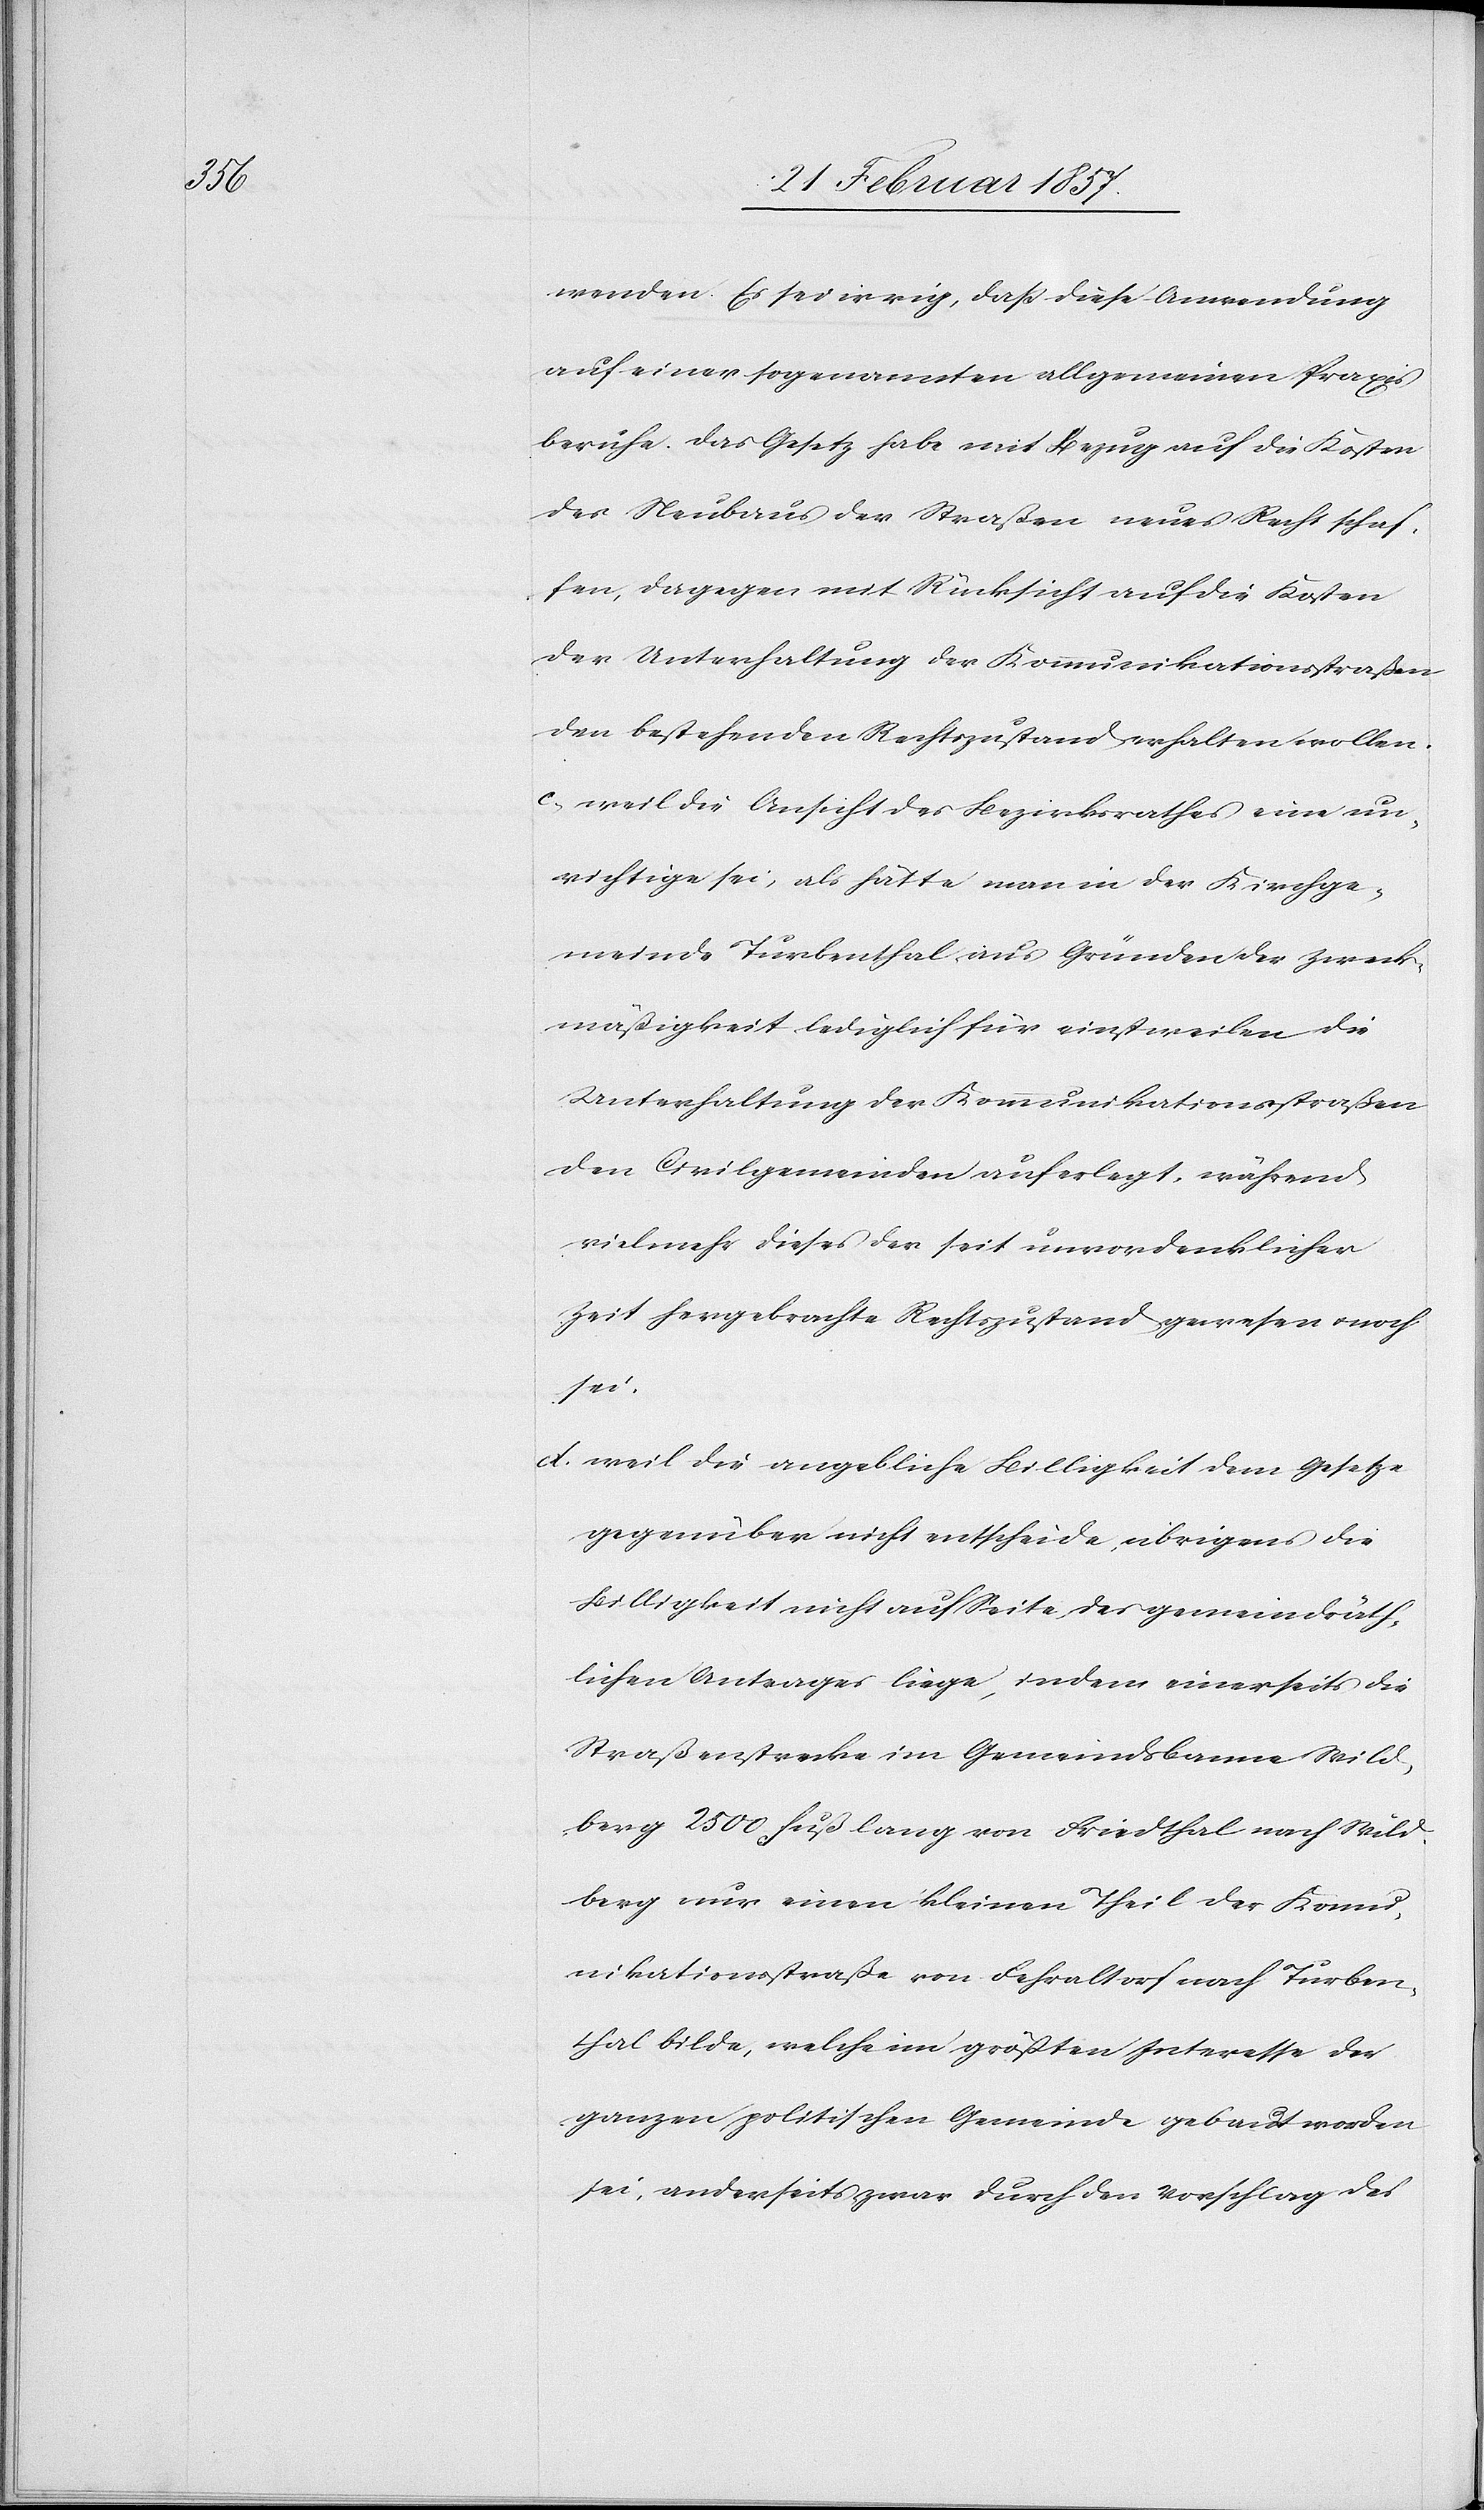
der

wenden. Es sei irrig, daß diese Anwendung
auf einer sogenannten allgemeinen Praxis
beruhe. Das Gesetz habe mit Bezug auf die Kosten
des Neubaus der Straßen auf die Kosten der Unterhal¬
den bestehenden Rechtszustand erhalten wollen.
c. weil die Ansicht des Bezirksrathes eine un¬
richtige sei, als hätte man in der Kirchge¬
meinde Turbenthal aus Gründen der Zweck¬
mäßigkeit lediglich für einstweilen die
Unterhaltung der Kommunikationsstraßen
den Civilgemeinden auferlegt, während
vielmehr dieses der seit unvordenklicher
Zeit hergebrachte Rechtszustand gewesen u. noch
sei.
d. weil die angebliche Billigkeit dem Gesetze
gegenüber nicht entscheide, übrigens die
Billigkeit nicht auf Seite des gemeindräth¬
lichen Antrages liege, indem einerseits die
Straßenstrecke im Gemeindsbanne Wild¬
berg 2500 Fuß lang von Friedthal nach Wild¬
berg nur einen kleinen Theil der Kommu¬
nikationsstraße von Fehraltorf nach Turben¬
thal bilde, welche im größten Interesse der
ganzen politischen Gemeinde gebaut worden
sei, anderseits zwar durch den Vorschlag des